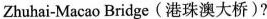
Zhuhai-Macao Bridge(港珠澳大桥)?